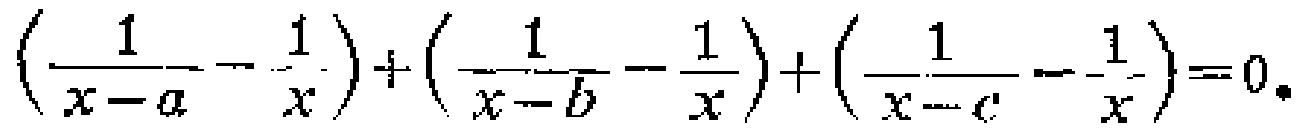
\((\frac{1}{x - a} - \frac{1}{x})+(\frac{1}{x - b} - \frac{1}{x})+(\frac{1}{x - c} - \frac{1}{x}) = 0\)